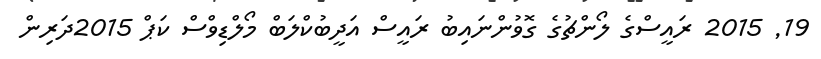
19